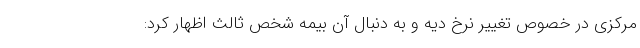
مرکزی در خصوص تغییر نرخ دیه و به دنبال آن بیمه شخص ثالث اظهار کرد: